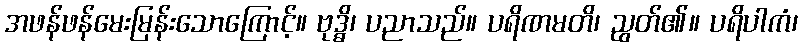
အဖန်ဖန်မေးမြန်းသောကြောင့်။ ဗုဒ္ဓိ၊ ပညာသည်။ ပရိဏမတိ၊ ညွတ်၏။ ပရိပါကံ၊